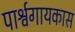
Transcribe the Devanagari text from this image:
पार्श्वगायकास